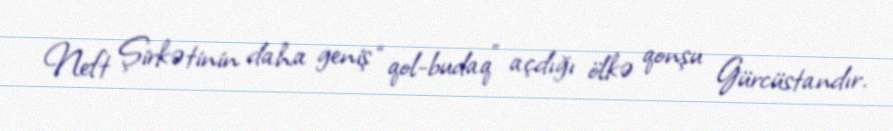
Neft Şirkətinin daha geniş “qol-budaq” açdığı ölkə qonşu Gürcüstandır.